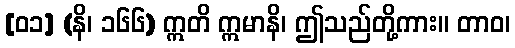
[၀၁] (နိ၊ ၁၆၆) ဣတိ ဣမာနိ၊ ဤသည်တို့ကား။ တာဝ၊